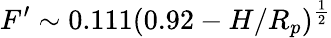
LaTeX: F^{\prime}\sim 0.111(0.92-H/R_{p})^{\frac{1}{2}}